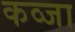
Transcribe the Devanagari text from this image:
कव्जा